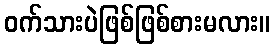
ဝက်သားပဲဖြစ်ဖြစ်စားမလား။